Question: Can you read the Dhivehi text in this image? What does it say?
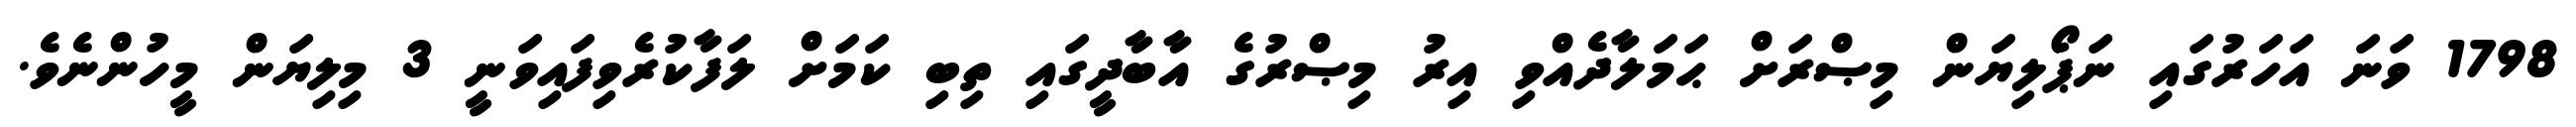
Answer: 1798 ވަނަ އަހަރުގައި ނަޕޯލިޔަން މިޞްރަށް ޙަމަލާދެއްވި އިރު މިޞްރުގެ އާބާދީގައި ތިބި ކަމަށް ލަފާކުރެވިފައިވަނީ 3 މިލިޔަން މީހުންނެވެ.